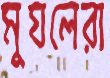
মুঘলেরা